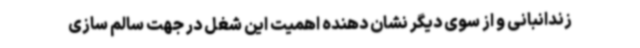
زندانبانی و از سوی دیگر نشان دهنده اهمیت این شغل در جهت سالم سازی